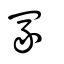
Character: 冡